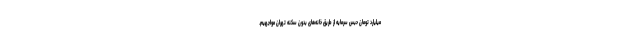
میلیارد تومان حبس سرمایه از طریق خانه‌های بدون سکنه تهران مواجهیم.